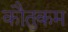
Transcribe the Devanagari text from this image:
कौतुकम